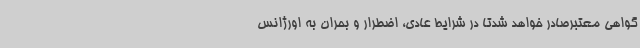
گواهی معتبرصادر خواهد شدتا در شرایط عادی، اضطرار و بحران به اورژانس